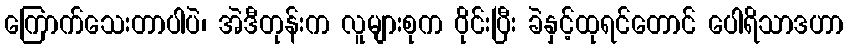
ကြောက်သေးတာပါပဲ၊ အဲဒီတုန်းက လူများစုက ဝိုင်းပြီး ခဲနှင့်ထုရင်တောင် ပေါရိသာဒဟာ